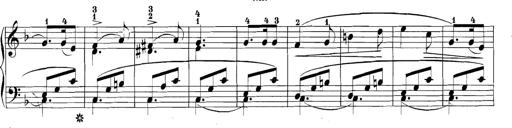
Title: 3 Sonatinas
Composer: Carl Reinecke